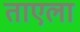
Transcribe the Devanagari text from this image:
ताएला